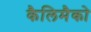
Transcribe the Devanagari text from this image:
कैलिमैको